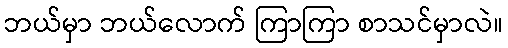
ဘယ်မှာ ဘယ်လောက် ကြာကြာ စာသင်မှာလဲ။